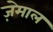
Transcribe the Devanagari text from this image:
ज़ेमाल